Triennial report on the lunatic asylums in the province of Eastern Bengal and Assam - 1903-1911
Year: 1903
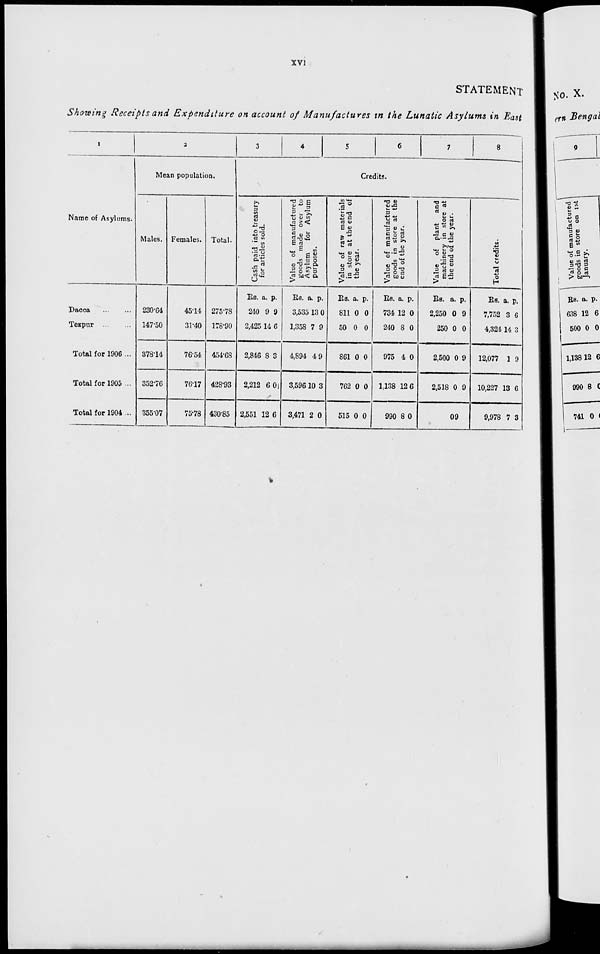
xvi
STATEMENT
Showing Receipts and Expenditure on account of Manufactures in the Lunatic Asylums in East
1
Name of Asylums.
Dacca
...
...
Tezpur ... ...
Total for 1906 ...
Total for 1905 ...
Total for 1904 ...
2
Mean population.
Males.
230.64
147.50
378.14
352.76
355.07
Females.
45.14
31.40
76.54
76.17
75.78
Total.
275.78
178.90
454.68
428.93
430.85
3
4
5
6
7
8
Credits.
Cash paid into treasury
for articles sold.
Rs.
240
2,425
2,846
2,212
2,551
a.
9
14
8
6
12
p.
9
6
3
0
6
Value of manufactured
goods made over to
Asylum
for Asylum
purposes.
Rs.
3,535
1,358
4,894
3,596
3,471
a.
13
7
4
10
2
p.
0
9
9
3
0
Value of raw materials
in store at the end of
the year.
Rs.
811
50
861
762
515
a.
0
0
0
0
0
p.
0
0
0
0
0
Value of manufactured
goods in store at the
end of the year.
Rs.
734
240
975
1,138
990
a.
12
8
4
12
8
p.
0
0
0
6
0
Value of plant and
machinery in store at
the end of the year.
Rs.
2,250
250
2,500
2,518
a.
0
0
0
0
p.
9
0
9
9
09
Total credits.
Rs.
7,752
4,324
12,077
10,227
9,978
a.
3
14
1
13
7
p.
6
3
9
6
3